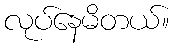
လုပ်နေမိတယ်။